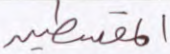
المقسطين